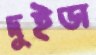
দুইডা